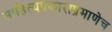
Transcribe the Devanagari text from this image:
साहित्यप्रकाराप्रमाणेच